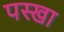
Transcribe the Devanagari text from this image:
पस्खा